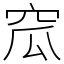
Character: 窊